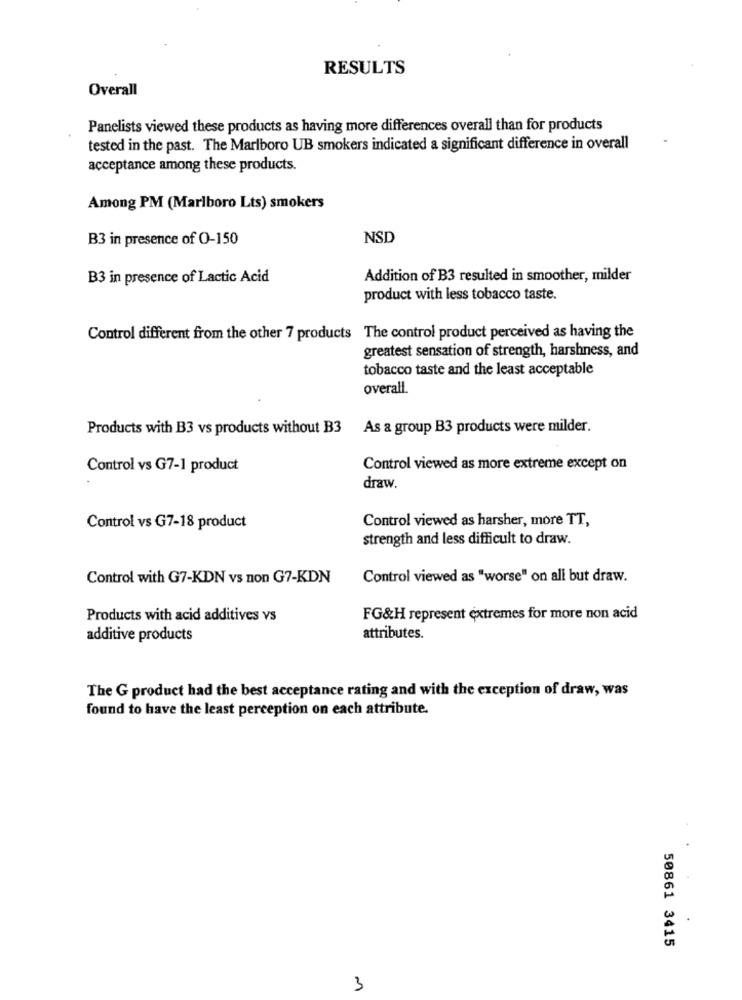
RESULTS
Overall
Panelists viewed these products as having more differences overall than for products
tested in the past. The Marlboro UB smokers indicated a significant difference in overall
acceptance among these products.
Among PM (Marlboro Lts) smokers
B3 in presence of 0-150
NSD
B3 in presence of Lactic Acid
Addition of B3 resulted in smoother, milder
product with less tobacco taste.
Control different from the other 7 products The control product perceived as having the
greatest sensation of strength, harshness, and
tobacco taste and the least acceptable
overall.
Products with B3 vs products without B3
As a group B3 products were milder.
Control vs G7-1 product
Control viewed as more extreme except on
draw.
Control viewed as harsher, more TT,
Control vs G7-18 product
strength and less difficult to draw.
Control with G7-KDN vs non G7-KDN
Control viewed as "worse" on all but draw.
Products with acid additives vs
FG&H represent extremes for more non acid
additive products
attributes.
The G product had the best acceptance rating and with the exception of draw, was
found to have the least perception on each attribute.
50861 3415
3